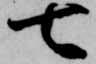
七